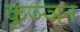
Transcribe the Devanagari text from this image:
कुञ्ञन